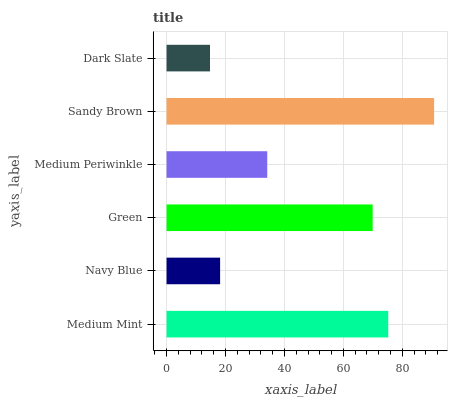
| yaxis_label | bars |
 | --- | --- |
 | Medium Mint | 75.2 |
 | Navy Blue | 18.2 |
 | Green | 69.9 |
 | Medium Periwinkle | 34.2 |
 | Sandy Brown | 90.8 |
 | Dark Slate | 14.7 |